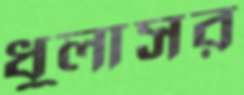
ধুলাসর